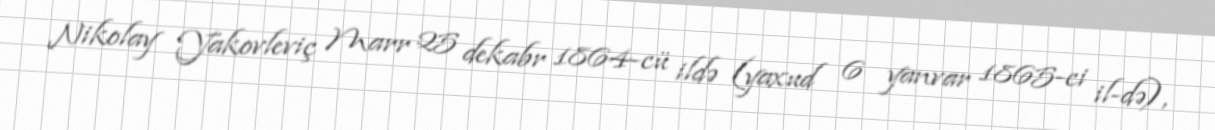
Nikolay Yakovleviç Marr 25 dekabr 1864-cü ildə (yaxud 6 yanvar 1865-ci il-də),